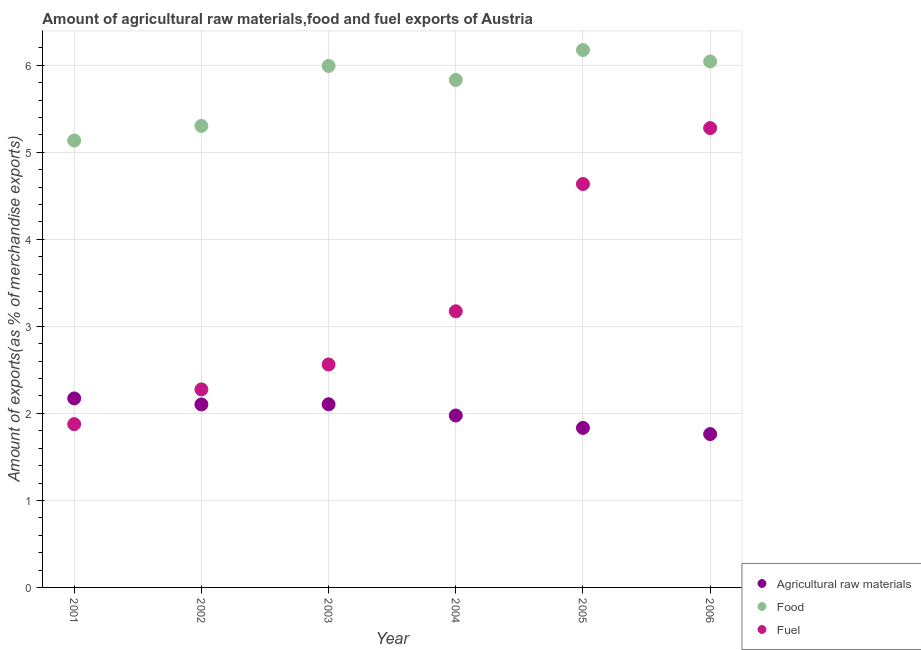
| Year | Agricultural raw materials | Food | Fuel |
 | --- | --- | --- | --- |
 | 2001 | 2.17 | 5.14 | 1.88 |
 | 2002 | 2.1 | 5.3 | 2.28 |
 | 2003 | 2.11 | 5.99 | 2.56 |
 | 2004 | 1.98 | 5.83 | 3.17 |
 | 2005 | 1.83 | 6.18 | 4.64 |
 | 2006 | 1.76 | 6.04 | 5.28 |